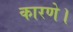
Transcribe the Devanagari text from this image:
कारणे।